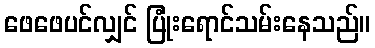
ဖေဖေပင်လျှင် ပြုံးရောင်သမ်းနေသည်။